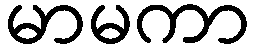
မာမကာ